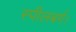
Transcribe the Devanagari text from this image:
स्पीलबर्ग।